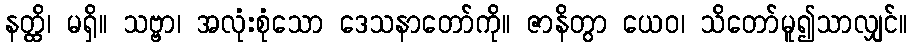
နတ္ထိ၊ မရှိ။ သဗ္ဗာ၊ အလုံးစုံသော ဒေသနာတော်ကို။ ဇာနိတွာ ယေဝ၊ သိတော်မူ၍သာလျှင်။